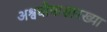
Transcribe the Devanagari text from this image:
अश्वघोषासारख्या